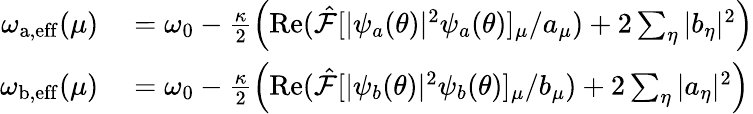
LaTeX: \begin{array}{rl}{\omega_{\mathrm{a,eff}}(\mu)}&{{}=\omega_{0}-\frac{\kappa}{2}\left(\operatorname{Re}(\hat{\mathcal{F}}[|\psi_{a}(\theta)|^{2}\psi_{a}(\theta)]_{\mu}/a_{\mu})+2\sum_{\eta}|b_{\eta}|^{2}\right)}\\ {\omega_{\mathrm{b,eff}}(\mu)}&{{}=\omega_{0}-\frac{\kappa}{2}\left(\operatorname{Re}(\hat{\mathcal{F}}[|\psi_{b}(\theta)|^{2}\psi_{b}(\theta)]_{\mu}/b_{\mu})+2\sum_{\eta}|a_{\eta}|^{2}\right)}\end{array}